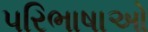
પરિભાષાઓ